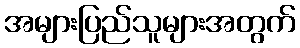
အများပြည်သူများအတွက်